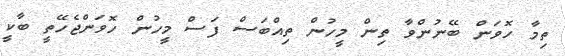
ތިމާ ހޮވަން ބޭނުންވާ ތިން މީހުން ތިއްބަސް ފަސް މީހުން ހޮވަންޖެހޭތީ ބާކީ